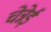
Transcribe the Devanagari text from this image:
चेन्नेई